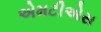
એમટીએસ